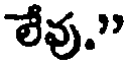
లేవు."